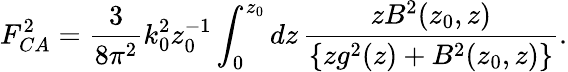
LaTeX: F_{CA}^{2}={\frac{3}{8\pi^{2}}}k_{0}^{2}z_{0}^{-1}\int_{0}^{z_{0}}dz\, {\frac{zB^{2}(z_{0},z)}{\{ zg^{2}(z)+B^{2}(z_{0},z)\} }}.